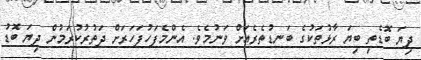
ދިޔަ ބޮޑެތި ބިޔަ ރާޅުތަކުގެ ބަނޑުތެރެއަށް ވަނުމެވެ. އެންމެފަހުފަހަރަށް ދަތުރުކުރަމުން ދިޔަ ބޮޑު